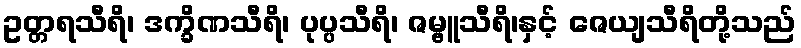
ဥတ္တရသီရိ၊ ဒက္ခိဏသီရိ၊ ပုပ္ပသီရိ၊ ဇမ္ဗူသီရိ၊နှင့် ဇေယျသီရိတို့သည်